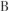
B